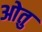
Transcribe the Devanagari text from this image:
ओतु